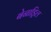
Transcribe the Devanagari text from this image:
बेनाड्रिल